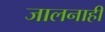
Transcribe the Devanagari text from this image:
जालनाही